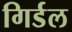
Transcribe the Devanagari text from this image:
गिर्डल